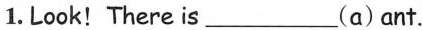
1.Look! There is ___ (a) ant.